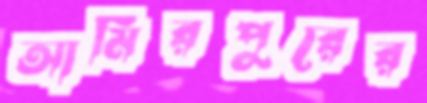
আমিরপুরের